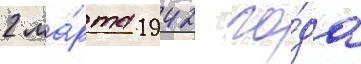
2 ма́рта 1942 го́да